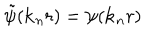
{ \tilde { \psi } } ( { \bf { k } } _ { n } r ) = \psi ( { \bf { k } } _ { n } r )